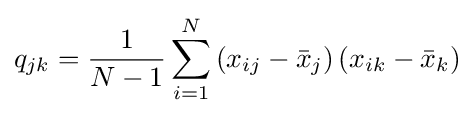
q_{jk}={\frac {1}{N-1}}\sum _{i=1}^{N}\left(x_{ij}-{\bar {x}}_{j}\right)\left(x_{ik}-{\bar {x}}_{k}\right)